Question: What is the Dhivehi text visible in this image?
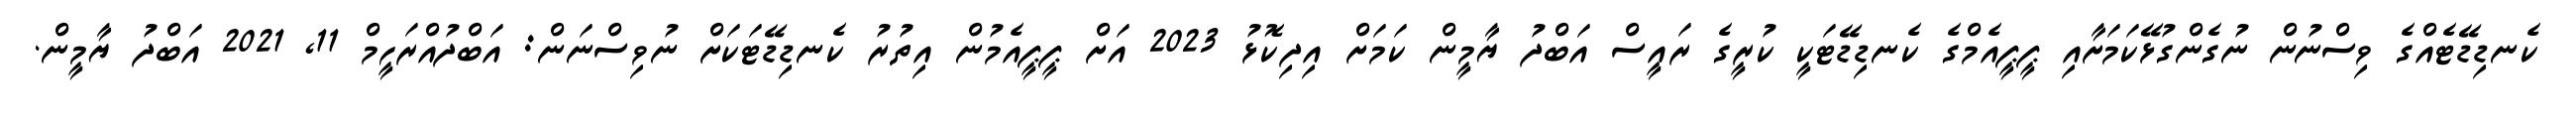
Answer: ކެނޑިޑޭޓެއްގެ ވިސްނުން ނުގެންގުޅޭކަމަށާއި ޕީޕީއެމްގެ ކެނޑިޑޭޓަކީ ކުރީގެ ރައީސް އަބްދު ޔާމީން ކަމަށް އިދިކޮޅު 2023 އަށް ޕީޕީއެމުން އިތުރު ކެނޑިޑޭޓަކަށް ނުވިސްނަން: އަބްދުއްރަހީމް 11, 2021 އަބްދު ޔާމީން.